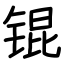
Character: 锟